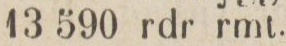
13 590 rdr rmt.